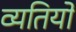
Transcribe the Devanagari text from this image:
व्यतियों